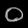
Digit: ၀